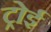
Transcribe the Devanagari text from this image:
ट्रोई